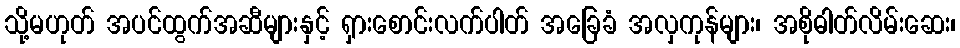
သို့မဟုတ် အပင်ထွက်အဆီများနှင့် ရှားစောင်းလက်ပါတ် အခြေခံ အလှကုန်များ၊ အစိုဓါတ်လိမ်းဆေး၊